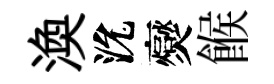
渙沇爕餱